Indian journal of veterinary science and animal husbandry - Volumes 18-21, 1948-1951
Year: 1948
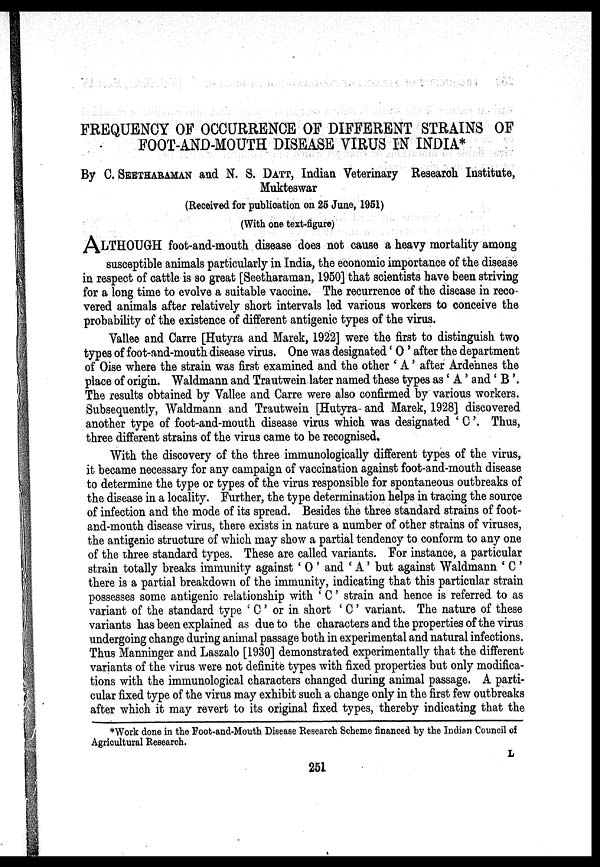
FREQUENCY OF OCCURRENCE OF DIFFERENT STRAINS OF
FOOT-AND-MOUTH DISEASE VIRUS IN INDIA*
By C. SEETHARAMAN and N. S. DATT, Indian Veterinary Research Institute,
Mukteswar
(Received for publication on 25 June, 1951)
(With one text-figure)
ALTHOUGH foot-and-mouth disease does not cause a heavy mortality among
susceptible animals particularly in India, the economic importance of the disease
in respect of cattle is so great [Seetharaman, 1950] that scientists have been striving
for a long time to evolve a suitable vaccine. The recurrence of the disease in reco
vered animals after relatively short intervals led various workers to conceive the
probability of the existence of different antigenic types of the virus.
Vallee and Carre [Hutyra and Marek, 1922] were the first to distinguish two
types of foot-and-mouth disease virus. One was designated 'O' after the department
of Oise where the strain was first examined and the other 'A' after Ardennes the
place of origin. Waldmann and Trautwein later named these types as 'A' and 'B'.
The results obtained by Vallee and Carre were also confirmed by various workers.
Subsequently, Waldmann and Trautwein [Hutyra and Marek, 1928] discovered
another type of foot-and-mouth disease virus which was designated 'C'. Thus,
three different strains of the virus came to be recognised.
With the discovery of the three immunologically different types of the virus,
it became necessary for any campaign of vaccination against foot-and-mouth disease
to determine the type or types of the virus responsible for spontaneous outbreaks of
the disease in a locality. Further, the type determination helps in tracing the source
of infection and the mode of its spread. Besides the three standard strains of foot-
and-mouth disease virus, there exists in nature a number of other strains of viruses,
the antigenic structure of which may show a partial tendency to conform to any one
of the three standard types. These are called variants. For instance, a particular
strain totally breaks immunity against 'O' and 'A' but against Waldmann 'C'
there is a partial breakdown of the immunity, indicating that this particular strain
possesses some antigenic relationship with 'C' strain and hence is referred to as
variant of the standard type ' C ' or in short 'C' variant. The nature of these
variants has been explained as due to the characters and the properties of the virus
undergoing change during animal passage both in experimental and natural infections.
Thus Manninger and Laszalo [1930] demonstrated experimentally that the different
variants of the virus were not definite types with fixed properties but only modifica-
tions with the immunological characters changed during animal passage. A parti-
cular fixed type of the virus may exhibit such a change only in the first few outbreaks
after which it may revert to its original fixed types, thereby indicating that the
*Work done in the Foot-and-Mouth Disease Research Scheme financed by the Indian Council of
Agricultural Research.
L
251